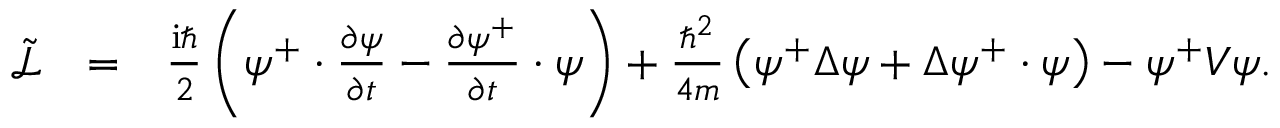
\begin{array} { r l r } { \tilde { \mathcal { L } } } & { = } & { \frac { \mathrm { i } \hbar } { 2 } \left( \psi ^ { + } \cdot \frac { \partial \psi } { \partial t } - \frac { \partial \psi ^ { + } } { \partial t } \cdot \psi \right) + \frac { \hbar ^ { 2 } } { 4 m } \left( \psi ^ { + } \Delta \psi + \Delta \psi ^ { + } \cdot \psi \right) - \psi ^ { + } V \psi . } \end{array}